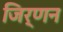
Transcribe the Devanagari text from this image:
जिर्णन